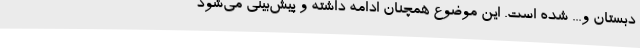
دبستان و... شده ‌است. این موضوع همچنان ادامه داشته و پیش‌بینی می‌شود